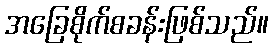
အခြေစိုက်စခန်းဖြစ်သည်။